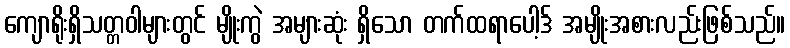
ကျောရိုးရှိသတ္တဝါများတွင် မျိုးကွဲ အများဆုံး ရှိသော တက်ထရာပေါ့ဒ် အမျိုးအစားလည်းဖြစ်သည်။